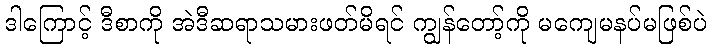
ဒါကြောင့် ဒီစာကို အဲဒီဆရာသမားဖတ်မိရင် ကျွန်တော့်ကို မကျေမနပ်မဖြစ်ပဲ